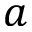
a